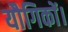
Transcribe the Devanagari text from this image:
यौगिकों।